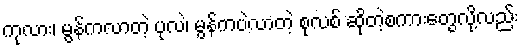
ကုလား၊ မွန်ကလာတဲ့ ပုလဲ၊ မွန်ကပဲလာတဲ့ စုလစ် ဆိုတဲ့စကားတွေလို့လည်း